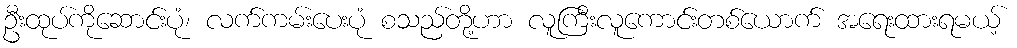
ဦးထုပ်ကိုဆောင်းပုံ၊ လက်ကမ်းပေးပုံ စသည်တို့ဟာ လူကြီးလူကောင်းတစ်ယောက် အရေးထားရမယ့်